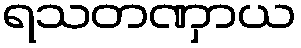
ရသတဏှာယ